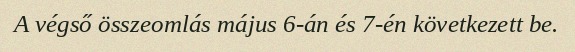
A végső összeomlás május 6-án és 7-én következett be.